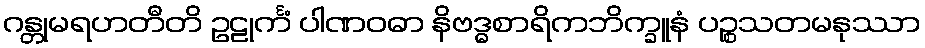
ဂန္တုမရဟတီတိ ဥဠုင်္ကံ ပါဏဝဓာ နိဗဒ္ဓစာရိကဘိက္ခူနံ ပဉ္စသတမနုဿာ